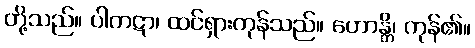
တို့သည်။ ပါကဋာ၊ ထင်ရှားကုန်သည်။ ဟောန္တိ၊ ကုန်၏။